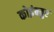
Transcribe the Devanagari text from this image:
कोइंबतुर